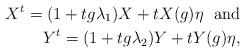
LaTeX: \begin{align*}X^t = (1+tg\lambda_1)X + tX(g)\eta \ \ \mathrm{and}\\Y^t = (1+tg\lambda_2)Y + tY(g)\eta,\end{align*}